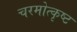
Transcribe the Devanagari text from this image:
चरमोत्कृष्ट